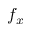
f _ { x }